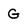
Character: G